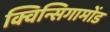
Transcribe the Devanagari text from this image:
क्विन्सिगामोंड